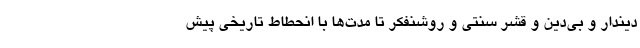
دیندار و بی‌دین و قشر سنتی و روشنفکر تا مدت‌ها با انحطاط تاریخی پیش